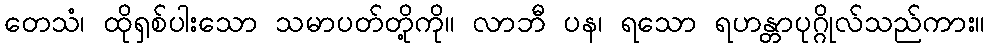
တေသံ၊ ထိုရှစ်ပါးသော သမာပတ်တို့ကို။ လာဘီ ပန၊ ရသော ရဟန္တာပုဂ္ဂိုလ်သည်ကား။